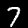
Digit: 7